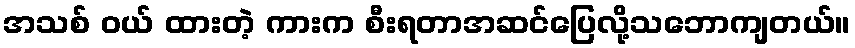
အသစ် ဝယ် ထားတဲ့ ကားက စီးရတာအဆင်ပြေလို့သဘောကျတယ်။